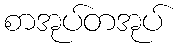
စာအုပ်တအုပ်